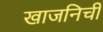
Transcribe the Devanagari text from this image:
खाजनिची